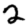
Digit: 2